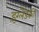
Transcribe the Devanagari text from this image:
इंग्लैंडकी